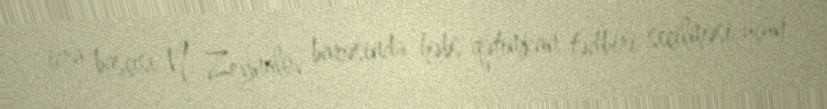
icra başçısı N. Zeynalov barəsində həbs qətimkan tədbiri seçilməsi üçün